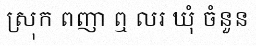
ស្រុក ពញា ឮ លរ ឃុំ ចំនួន